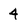
Character: 4